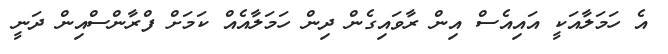
އެ ހަމަލާއަކީ އައިއެސް އިން ރާވައިގެން ދިން ހަމަލާއެއް ކަމަށް ފްރާންސްއިން ދަނީ